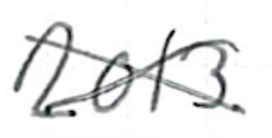
Text: 2013.
Cross-out: mix
Writing tool: ballpoint